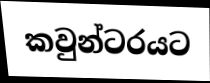
කවුන්ටරයට